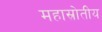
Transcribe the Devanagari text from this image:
महास्रोतीय